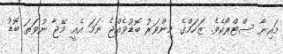
މައިނާ ސްޓްރޯކެެވެ. ޒަހަމްގެ މިންވަރު ބޮޑުވެއްޖެ ނަމަ އެއީ މޭޖާ ނުވަތަ ބޮޑު